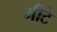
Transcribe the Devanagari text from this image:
मीटे